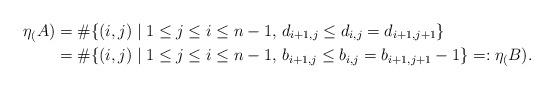
LaTeX: \begin{align*}\eta_(A) &= \# \{ (i,j) \mid 1 \leq j \leq i \leq n-1,\, d_{i+1,j} \leq d_{i,j} = d_{i+1,j+1} \} \\&= \# \{ (i,j) \mid 1 \leq j \leq i \leq n-1,\, b_{i+1,j} \leq b_{i,j} = b_{i+1,j+1}-1 \} =: \eta_(B).\end{align*}